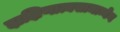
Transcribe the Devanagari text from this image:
दाक्षिणात्यसामान्येन